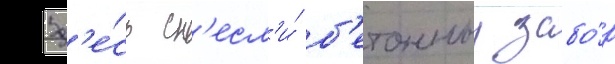
Зд'е́сь сн'есл'и́ б'етонныи забо́р